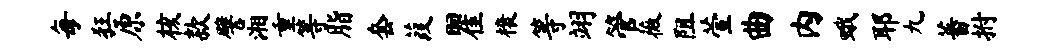
每狂原核款譬湘重等脂套葭瞿榱等翊管薇阻萱曲内蛾耶九蕃拊